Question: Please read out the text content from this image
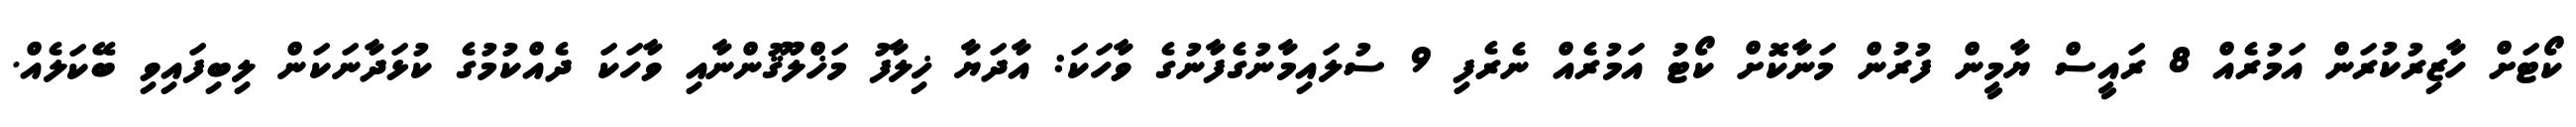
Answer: ކޯޓަށް ހާޒިރުކުރަން އަމުރެއް 8 ރައީސް ޔާމީން ފުރުން މަނާކޮށް ކޯޓު އަމުރެއް ނެރެފި 9 ސުލައިމާނުގެފާނުގެ ވާހަކަ: އާދަޔާ ޚިލާފު މަޚްލޫޤުންނާއި ވާހަކަ ދެއްކުމުގެ ކުޅަދާނަކަން ލިބިފައިވި ބޭކަލެއް.